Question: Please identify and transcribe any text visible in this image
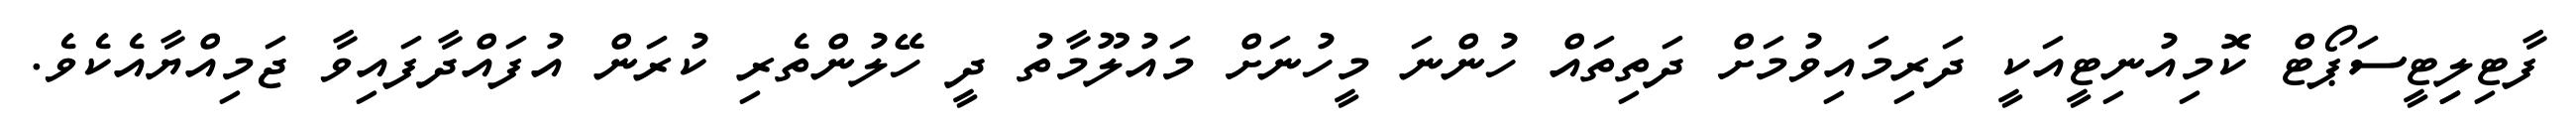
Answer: ފާޓިލިިޓީސަޕޯޓް ކޮމިއުނިޓީއަކީ ދަރިމައިވުމަށް ދަތިތައް ހުންނަ މީހުނަށް މައުލޫމާތު ދީ ހޭލުންތެރި ކުރަން އުފައްދާފައިވާ ޖަމިއްޔާއެކެވެ.